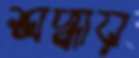
শ্রদ্ধায়